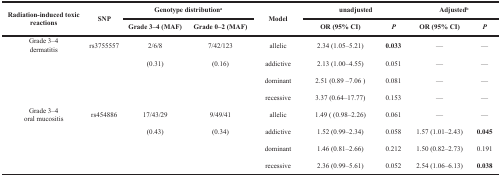
| <ROWSPAN=2> Radiation-induced toxic reactions | <ROWSPAN=2> SNP | <COLSPAN=2> Genotype distributiona | <ROWSPAN=2> Model | <COLSPAN=2> unadjusted | <COLSPAN=2> Adjustedb |
 | Grade 3–4 (MAF) | Grade 0–2 (MAF) | OR (95% CI) | P | OR (95% CI) | P |
 | --- | --- | --- | --- | --- | --- | --- | --- | --- |
 | Grade 3–4 dermatitis | rs3755557 | 2/6/8 | 7/42/123 | allelic | 2.34 (1.05–5.21) | 0.033 | — | — |
 |  |  | (0.31) | (0.16) | addictive | 2.13 (1.00–4.55) | 0.051 | — | — |
 |  |  |  |  | dominant | 2.51 (0.89 –7.06) | 0.081 | — | — |
 |  |  |  |  | recessive | 3.37 (0.64–17.77) | 0.153 | — | — |
 | Grade 3–4 oral mucositis | rs454886 | 17/43/29 | 9/49/41 | allelic | 1.49 ((0.98–2.26) | 0.061 | — | — |
 |  |  | (0.43) | (0.34) | addictive | 1.52 (0.99–2.34) | 0.058 | 1.57 (1.01–2.43) | 0.045 |
 |  |  |  |  | dominant | 1.46 (0.81–2.66) | 0.212 | 1.50 (0.82–2.73) | 0.191 |
 |  |  |  |  | recessive | 2.36 (0.99–5.61) | 0.052 | 2.54 (1.06–6.13) | 0.038 |